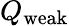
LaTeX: Q\mathrm{{_{weak}}}